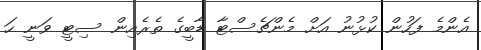
އެންމެ ފަހުން ކުޅުނު އަށް މެންޗެސްޓާ ޑާބީގެ ތެރެއިން ސިޓީ ވަނީ ހަ